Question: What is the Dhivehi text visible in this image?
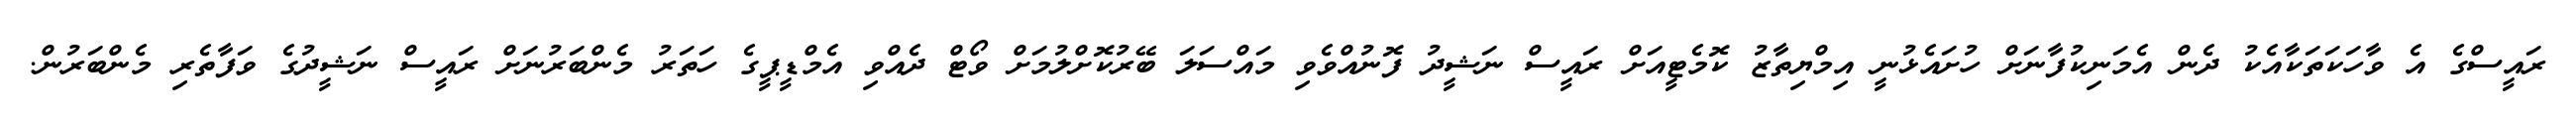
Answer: ރައީސްގެ އެ ވާހަކަތަކާއެކު ދެން އެމަނިކުފާނަށް ހުށައެޅުނީ އިމްޔިތާޒު ކޮމެޓީއަށް ރައީސް ނަޝީދު ފޮނުއްވެވި މައްސަލަ ބޭރުކޮށްލުމަށް ވޯޓް ދެއްވި އެމްޑީޕީގެ ހަތަރު މެންބަރުނަށް ރައީސް ނަޝީދުގެ ވަފާތެރި މެންބަރުން.